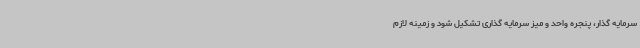
سرمایه گذار، پنجره واحد و میز سرمایه گذاری تشکیل شود و زمینه لازم